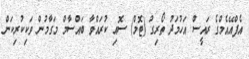
އެފްއޭއެމްގެ ރައީސް އަހުމަދު ތޯރިގު (ޓޮމް) ސޮއި ކުރައްވާ ބައްސާމް މަގާމުން ވަކިކުރިކަން